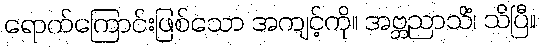
ရောက်ကြောင်းဖြစ်သော အကျင့်ကို။ အဗ္ဘညာသိံ၊ သိပြီ။